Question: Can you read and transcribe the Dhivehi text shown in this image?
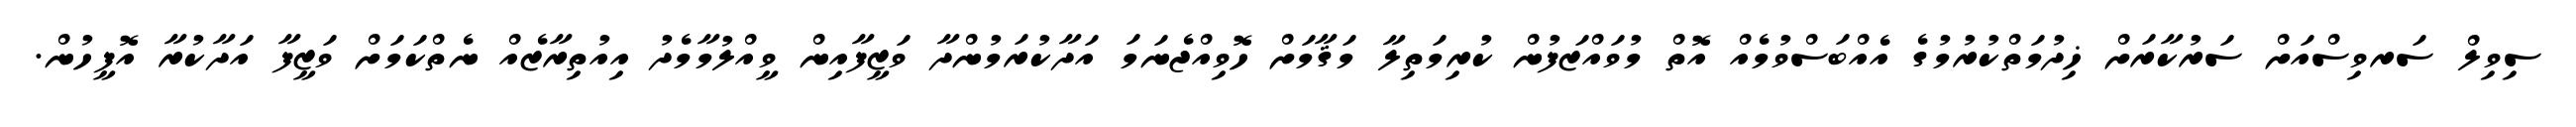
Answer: ސިވިލް ސަރވިސްއަށް ސަރުކާރަށް ޚިދުމަތްކުރުމުގެ އެއްބަސްވުމެއް އޮތް މުވައްޒަފުން ކުރިމަތިލާ މަޤާމަށް ހޮވިއްޖެނަމަ އަދާކުރަމުންދާ ވަޒީފާއިން ވީއްލުމާމެދު އިއުތިރާޒެއް ނެތްކަމަށް ވަޒީފާ އަދާކުރާ އޮފީހުން.